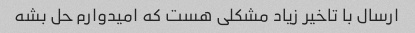
ارسال با تاخیر زیاد مشکلی هست که امیدوارم حل بشه